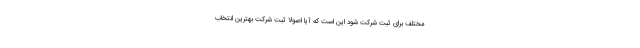
مختلف برای ثبت شرکت شود این است که آیا اصولا ثبت شرکت بهترین انتخاب